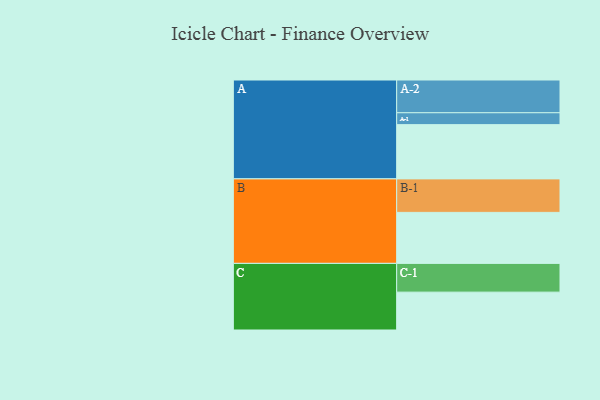
{"axis": {"x": "Segment", "y": "Value"}, "legend": ["", "A", "B", "C"], "data": [{"x": "A", "y": 434, "type": ""}, {"x": "B", "y": 408, "type": ""}, {"x": "C", "y": 303, "type": ""}, {"x": "A-1", "y": 95, "type": "A"}, {"x": "A-2", "y": 262, "type": "A"}, {"x": "B-1", "y": 268, "type": "B"}, {"x": "C-1", "y": 230, "type": "C"}]}